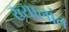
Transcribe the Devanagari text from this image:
ख्यालांत